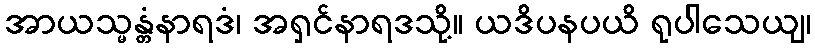
အာယသ္မန္တံနာရဒံ၊ အရှင်နာရဒသို့။ ယဒိပနပယိ ရုပါသေယျ၊